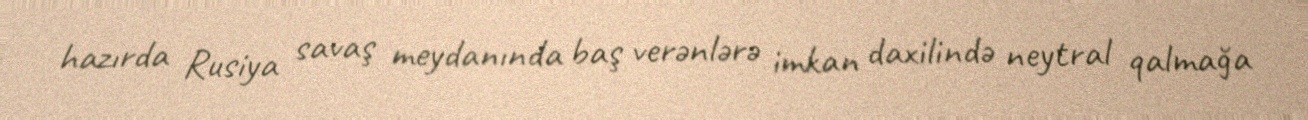
hazırda Rusiya savaş meydanında baş verənlərə imkan daxilində neytral qalmağa